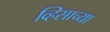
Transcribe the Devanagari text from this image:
व्हिसाच्या